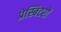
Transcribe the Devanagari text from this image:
प्रेस्बिटरों